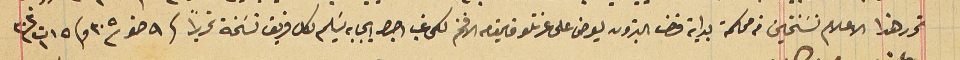
تحرر هذا الاعلام نسَختين من محكمة بداية قضا البترون يعرض على عزتلو قايمقام الافخم لكى غب اجرا ايجابه يسَلم لكل فريق نسَخة تحريراً فى ٩ صفر  سنة ٣٠٥ وفى ١٥ ت١ سنة ٣٠٣